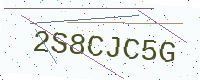
Text: 2S8CJC5G